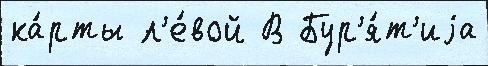
ка́рты л'е́вой В Бур'я́т'иjа